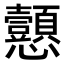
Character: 𢦁